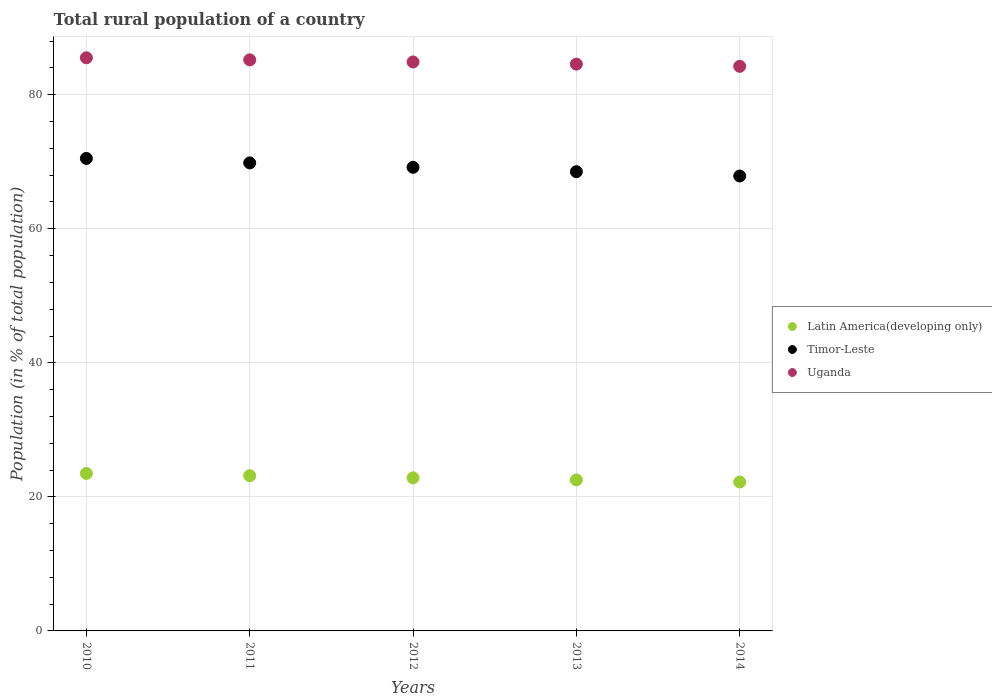
| Years | Latin America(developing only) | Timor-Leste | Uganda |
 | --- | --- | --- | --- |
 | 2010 | 23.5 | 70.5 | 85.5 |
 | 2011 | 23.2 | 69.8 | 85.2 |
 | 2012 | 22.8 | 69.2 | 84.9 |
 | 2013 | 22.5 | 68.5 | 84.6 |
 | 2014 | 22.2 | 67.9 | 84.2 |